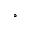
^ { \circ }